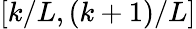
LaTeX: [k/L,(k+1)/L]